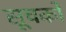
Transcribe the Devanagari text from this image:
सूचको